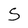
Character: S